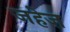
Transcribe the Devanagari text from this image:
जहेज़